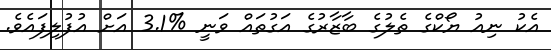
އެކު ނިއު ޔޯކްގެ ތެލުގެ ބާޒާރުގެ އަގުތައް ވަނީ %3.1 އަށް އުފުލިފައެވެ.